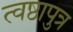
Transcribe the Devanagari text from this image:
त्वष्ठापुत्र